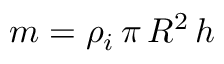
m = \rho _ { i } \, \pi \, R ^ { 2 } \, h